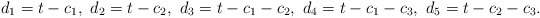
\begin{align*}d_1=t-c_1,\ d_2=t-c_2,\ d_3=t-c_1-c_2,\ d_4=t-c_1-c_3,\ d_5=t-c_2-c_3.\end{align*}